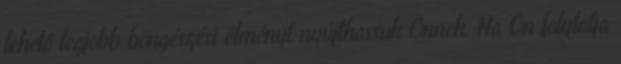
lehető legjobb böngészési élményt nyújthassuk Önnek. Ha Ön folytatja